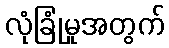
လုံခြုံမှုအတွက်